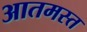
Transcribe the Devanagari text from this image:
आतमस्त